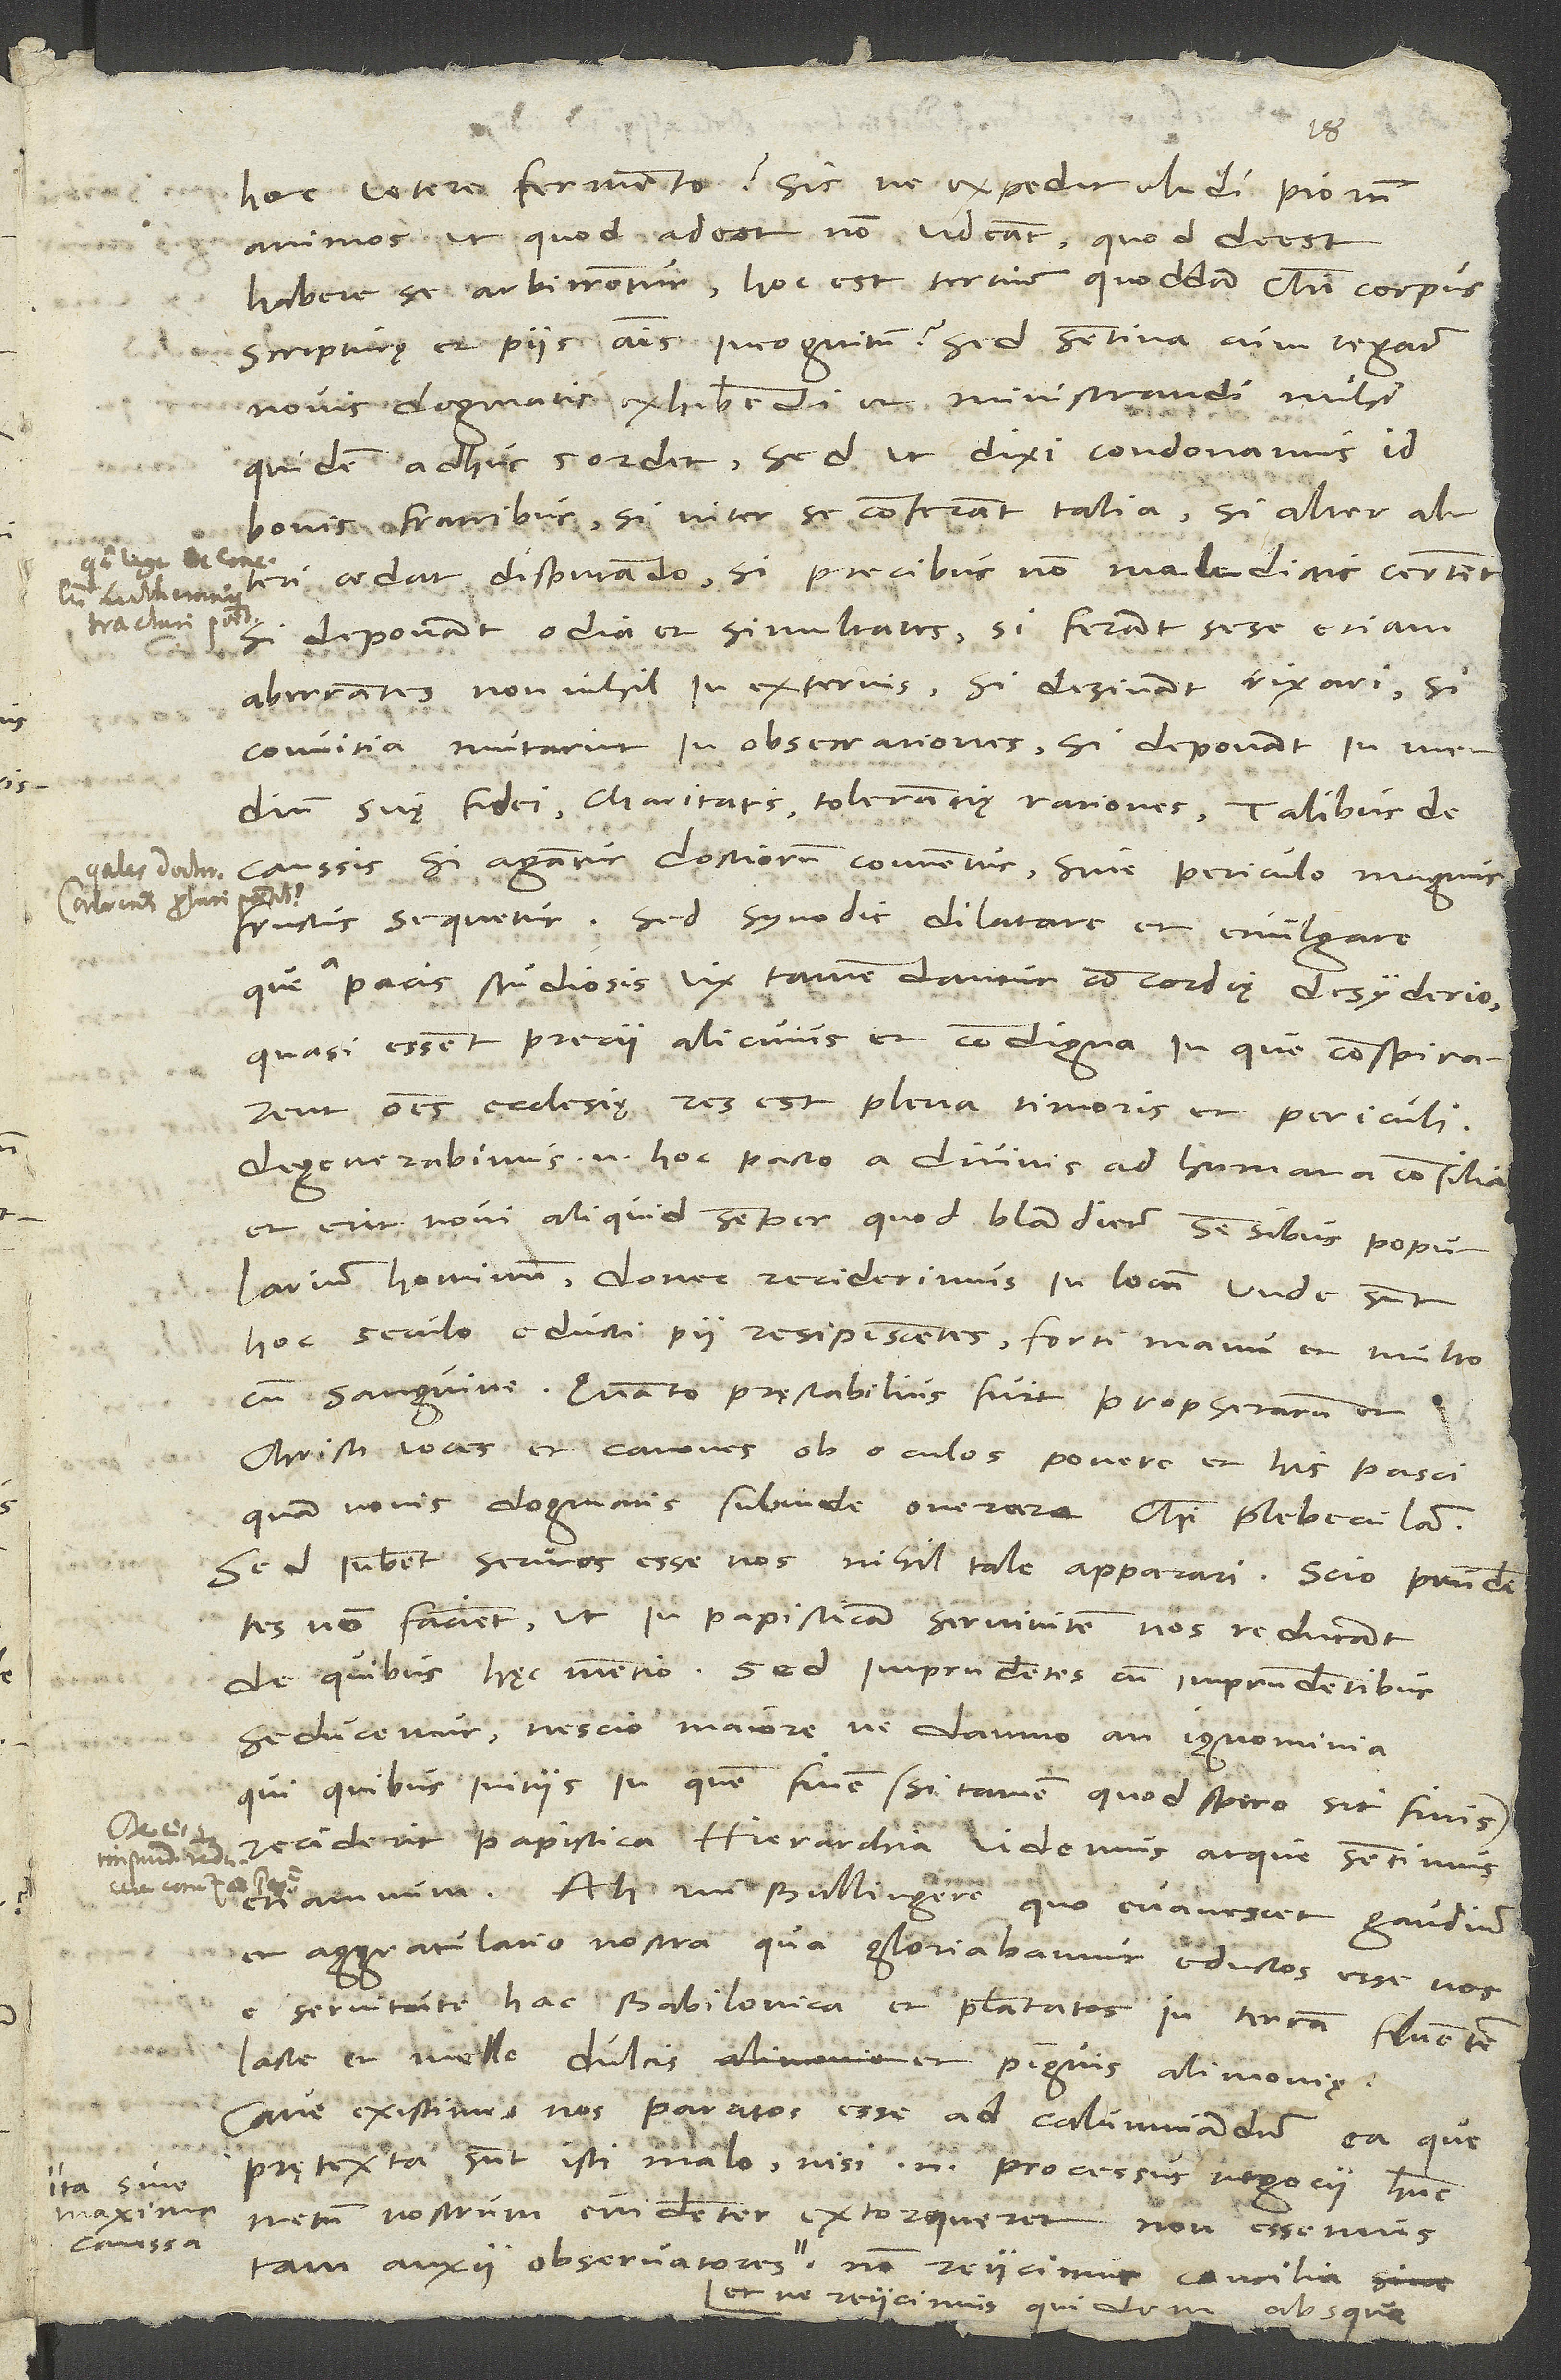
19.
hoc vetere fermento? Sicne expedit eludi piorum
animos, ut, quod adest, non videant, quod deest,
habere se arbitrentur, hoc est tertium quoddam Christi corpus
scripturae et piis animis incognitum? Sed sentina cum regatur
novis dogmatis exhibendi et ministrandi, mihi
quidem adhuc sordet. Sed, ut dixi, condonamus id
bonis fratribus, si inter se conferant talia, si alter alteri
cedat disputando, si precibus, non maledictis certent,
si deponant odia et simultates, si ferant sese etiam
aberrantes nonnihil in externis, si desinant rixari, si
convitia mutarint in obsecrationes, si deponant in medium
suae fidei, charitatis, tolerantię rationes. Talibus de
caussis si agantur doctiorum conventus, sine periculo magnus
fructus sequetur. Sed synodis dilatare et evulgare,
que a pacis studiosis vix tamen dantur concordię desyderio,
quasi essent precii alicuius et condigna, in que conspirarent
omnes ecclesiae, res est plena timoris et periculi.
Degenerabimus enim hoc pacto a divinis ad humana consilia,
et erit novi aliquid semper, quod blandietur sensibus popularium
hominum, donec reciderimus in locum, unde sunt
hoc seculo educti pii resipiscentes forti manu et multo
cum sanguine. Quanto praestabilius fuit prophetarum et
Christi voces et canones ob oculos ponere et his pasci
quam novis dogmatis subinde onerare Christi plebeculam!
Sed iubent securos esse nos, nihil tale apparari. Scio, prudentes
non facient, ut in papisticam servitutem nos reducant,
de quibus haec mentio. Sed imprudentes cum imprudentibus
seducemur, nescio maiorene damno an ignominia,
qui, quibus initiis, in quem finem (si tamen, quod spero, sit finis)
reciderit papistica hierarchia, videmus atque sentimus
etiamnum. Ah, mi Bullingere, quo evanescet gaudium
et aggratulatio nostra, qua gloriabamur eductos esse nos
servitute hac Babilonica et plantatos in terram fluentem
lacte et melle, dulcis et pinguis alimoniae!
Cave existimes nos paratos esse ad calumniandum ea, que
praetexta sunt isti malo. Nisi enim processus negocii hunc
Ita sine
maxima
metum nostrum evidenter extorqueret, non essemus